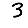
Digit: 3